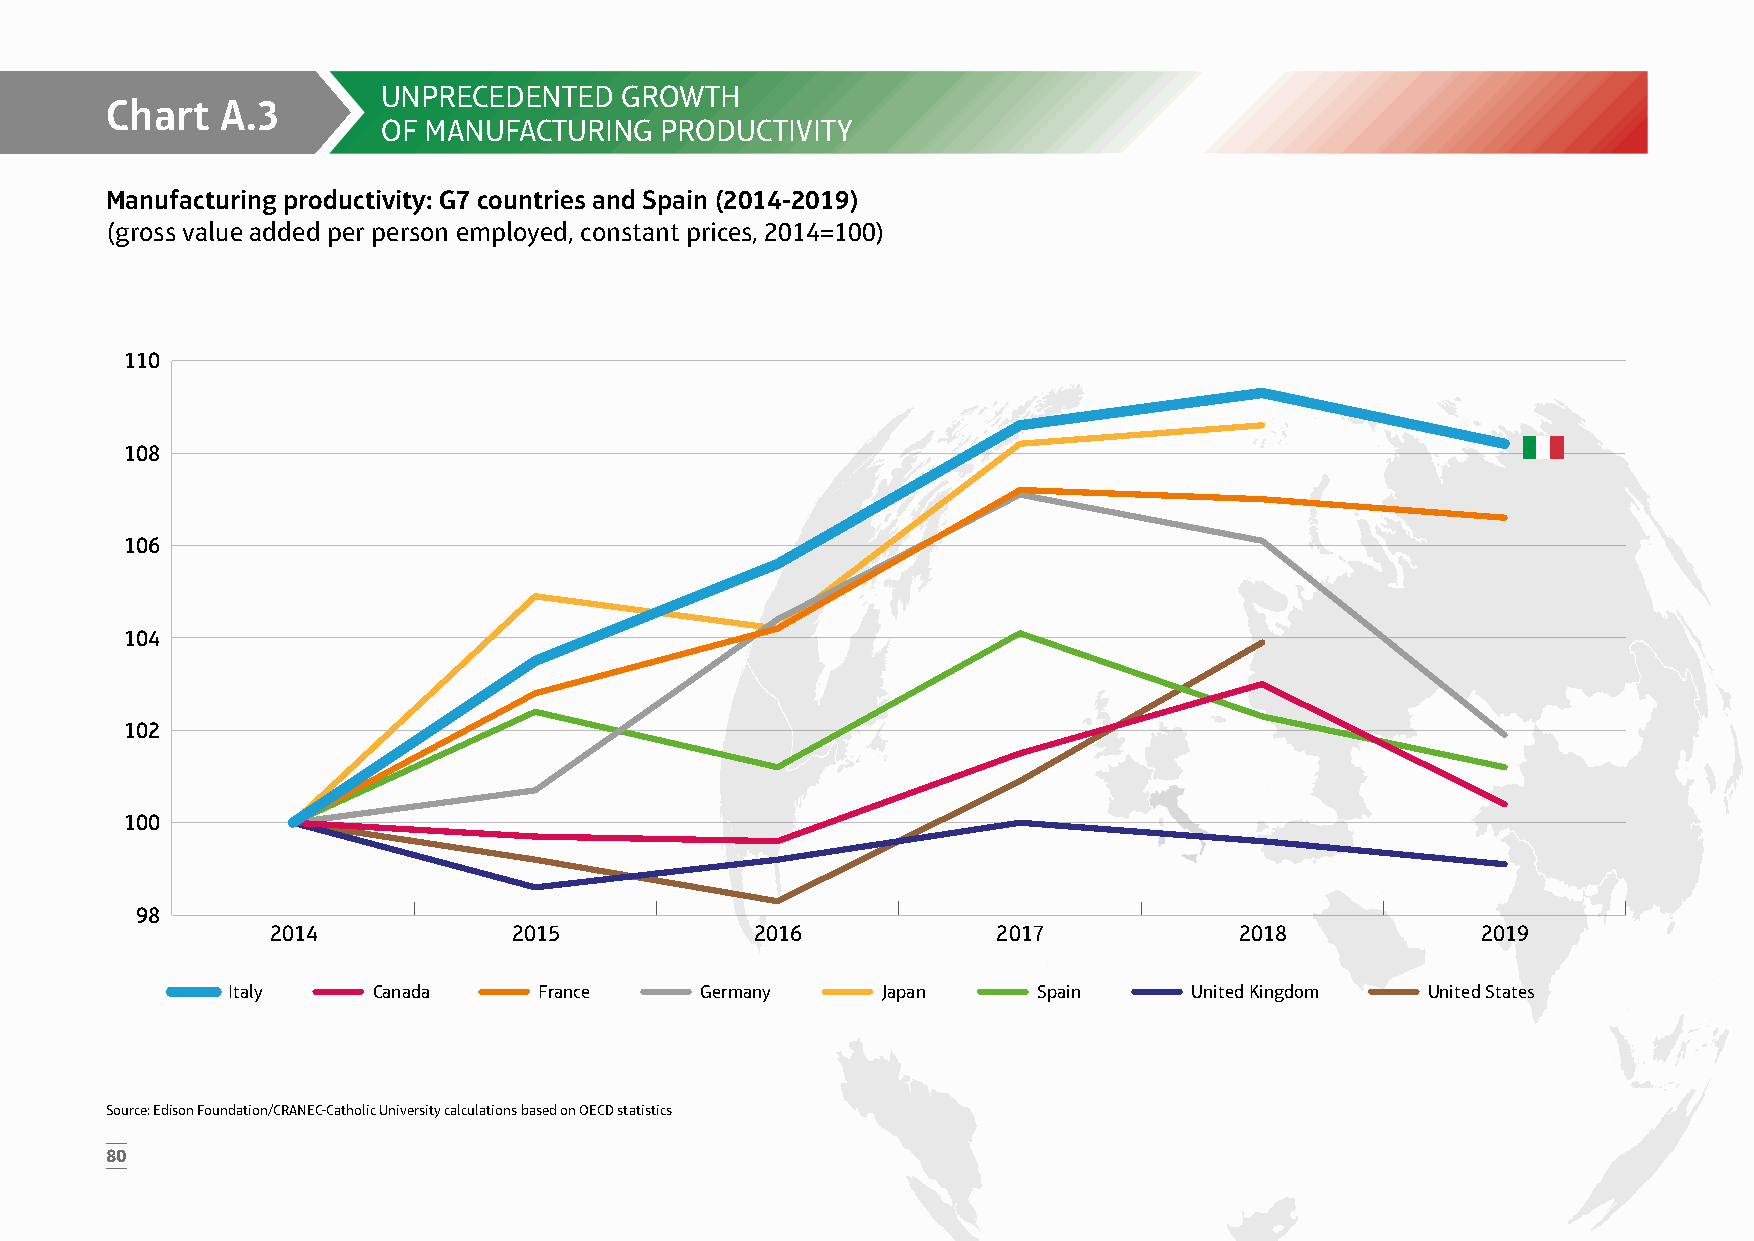
UNPRECEDENTED   GROWTH
 Chart   A.3
 OF MANUFACTURING   PRODUCTIVITY
 Manufacturing productivity: G7 countries and Spain (2014-2019)
 (gross value added per person employed, constant prices, 2014=100)
 110
 108
 106
 104
 102
 100
 98
 2014            2015            2016            2017            2018            2019
 Italy     Canada     France    Germany     Japan      Spain     United Kingdom  United States
 Source: Edison Foundation/CRANEC-Catholic University calculations based on OECD statistics
 80